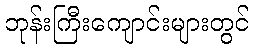
ဘုန်းကြီးကျောင်းများတွင်